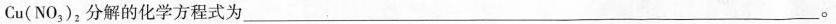
Cu(NO_{3})_{2}分解的化学方程式为___。